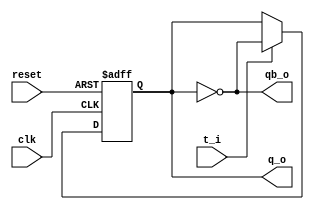
module t_ff(clk,reset,t_i,q_o,qb_o);
input clk,reset,t_i;
output q_o,qb_o;
reg q_o;
always@ (posedge clk or negedge reset)
begin
	if (~reset)
	   q_o <=0;
	else
	   if(t_i)
	   q_o <=~q_o;
end
assign qb_o =~ q_o;
endmodule